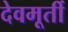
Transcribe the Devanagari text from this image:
देवमूर्ती